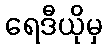
ရေဒီယိုမှ